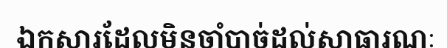
ឯកសារដែលមិនចាំបាច់ដល់សាធារណៈ